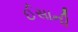
ઈસાની